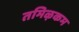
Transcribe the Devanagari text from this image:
तमिऴकम